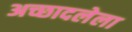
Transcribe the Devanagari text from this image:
अच्छादलेला